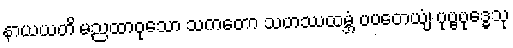
နာယယတိ မညထာဝုသော သကတော သဟဿထမ္ဘံ ပပတေယျံ ပုဗ္ဗဗုဒ္ဓေသု